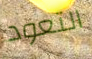
التعود